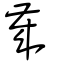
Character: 嵗